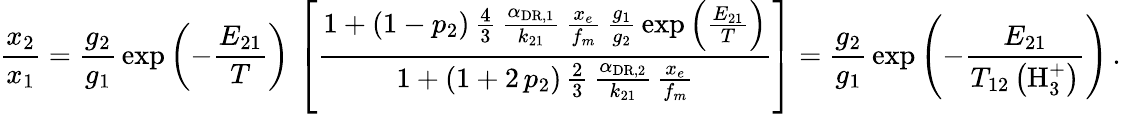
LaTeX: \frac{x_{2}}{x_{1}}=\frac{g_{2}}{g_{1}}\, \exp\left(-\frac{E_{21}}{T}\right)\, \left[\frac{1+\left(1-p_{2}\right)\, \frac{4}{3}\, \frac{\alpha_{\mathrm{DR},1}}{k_{21}}\, \frac{x_{e}}{f_{m}}\, \frac{g_{1}}{g_{2}}\, \exp\left(\frac{E_{21}}{T}\right)}{1+\left(1+2\, p_{2}\right)\, \frac{2}{3}\, \frac{\alpha_{\mathrm{DR},2}}{k_{21}}\, \frac{x_{e}}{f_{m}}}\right]=\frac{g_{2}}{g_{1}}\, \exp\left(-\frac{E_{21}}{T_{12}\left(\mathrm{H}_{3}^{+}\right)}\right)\, .